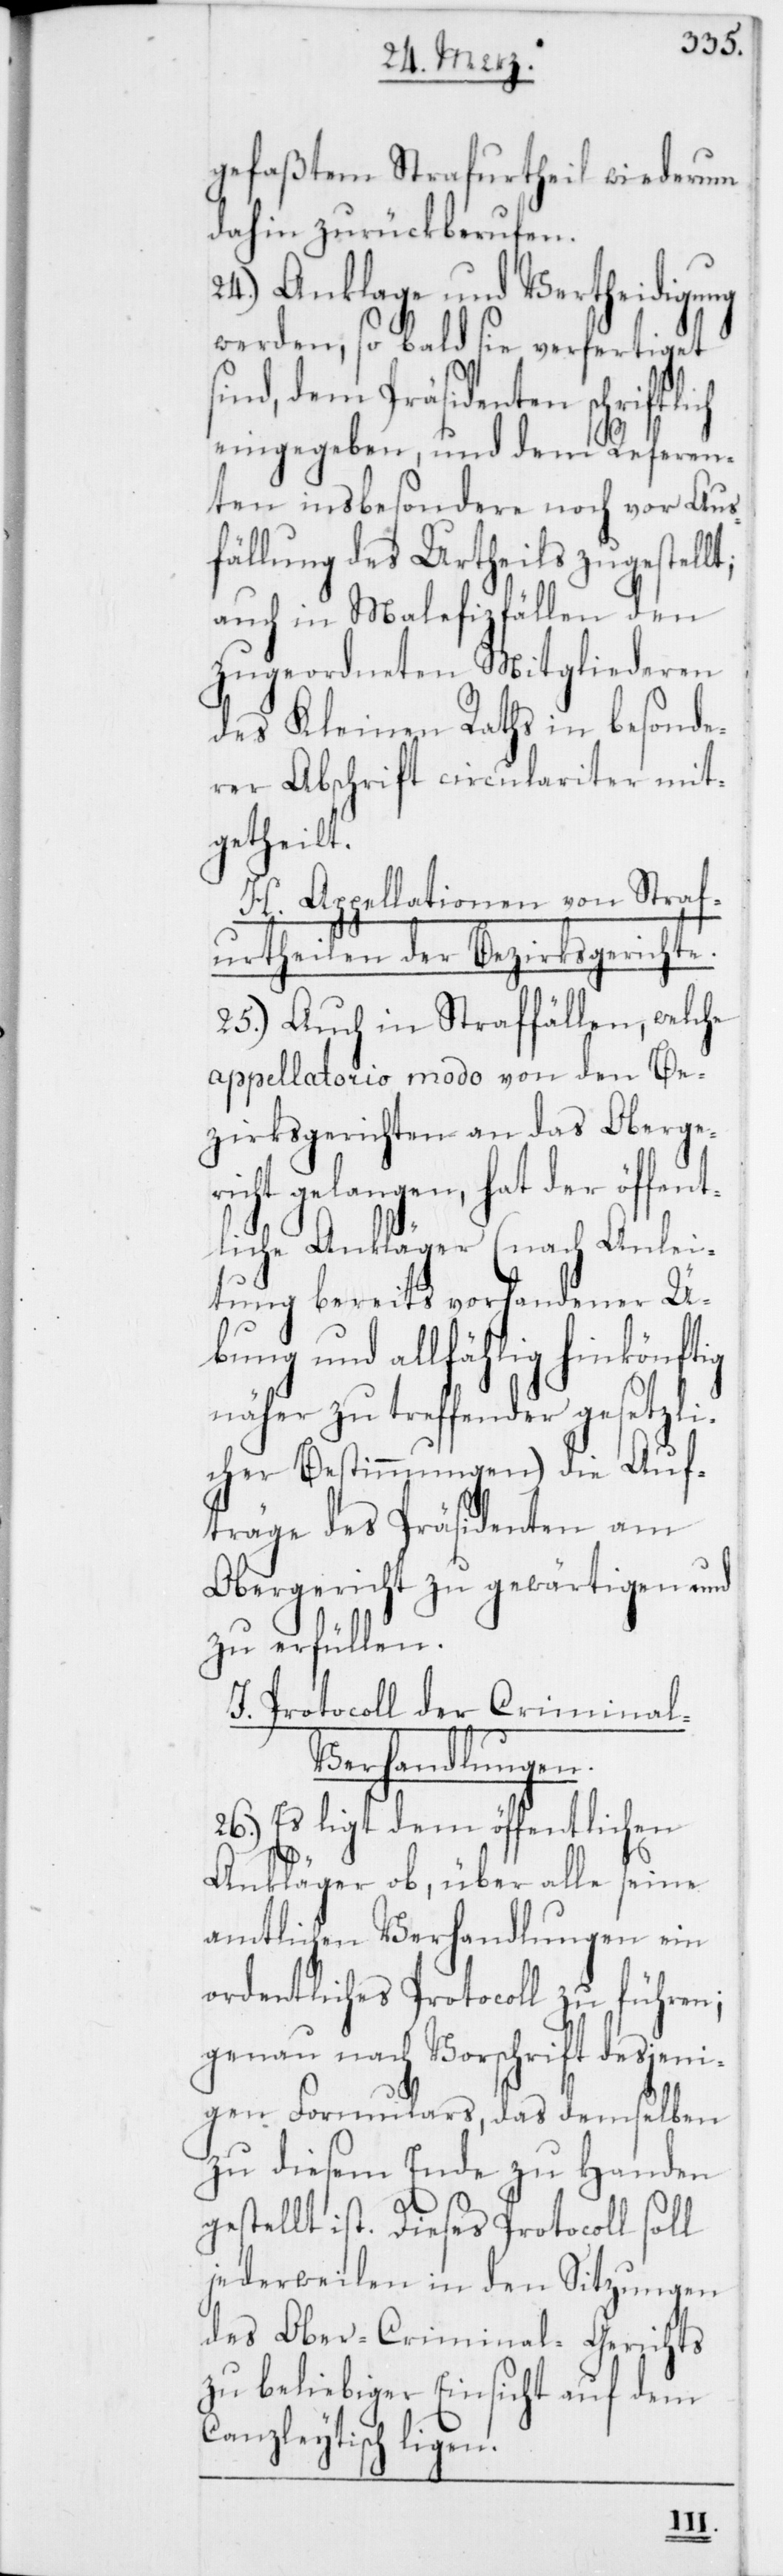
gefaßtem Strafurtheil wiederum
dahin zurückberufen.
24.) Anklage und Vertheidigung
werden, so bald sie verfertiget
ind, dem Präsidenten schriftli¬
eingegeben, und dem Referen¬
ten insbesondere noch vor Aus¬
fällung des Urtheils zugestellt;
auch in Malefizfällen den
zugeordneten Mitgliederen
des Kleinen Raths in besonde¬
rer Abschrift circulariter mit¬
getheilt.
H. Appellationen von Straf¬
urtheilen der Bezirksgerichte.
25.) Auch in Straffällen, welche
appellatorio modo von den Be¬
zirksgerichten an das Oberger¬
icht gelangen, hat der öff¬
tliche Ankläger (nach A¬
nlei¬
tung bereits vorhandener Ü¬
bung und allfählig hinkönftig
näher zu treffender ge¬
s¬
cher Bestimmungen) die Auf¬
träge des Präsidenten am
Obergericht zu gewärtigen
zu erfüllen.
J. Protocoll der Crimina¬
l-Verhandlungen.
26.) Es ligt dem öffentlichen
Ankläger ob, über alle seine
amtlichen Verhandlungen ein
ordentliches Protocoll zu führen;
genau nach Vorschrift desjeni¬
gen Formulars, das demselben
zu diesem Ende zu Handen
gestellt ist. Dieses Protocoll soll
jederweilen in den Sitzungen
des Ober-Criminal-Gerichts
zu beliebiger Einsicht auf dem
Canzleytisch ligen.

etzli¬